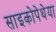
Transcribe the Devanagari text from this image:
साइकोपेथेया